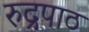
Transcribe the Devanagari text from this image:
रुद्रपाठ